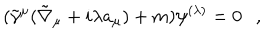
( \tilde { \gamma } ^ { \mu } ( \tilde { \nabla } _ { \mu } + i \lambda a _ { \mu } ) + m ) \psi ^ { ( \lambda ) } = 0 ,